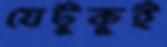
যেটুকুই